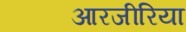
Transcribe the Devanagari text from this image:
आरजीरिया